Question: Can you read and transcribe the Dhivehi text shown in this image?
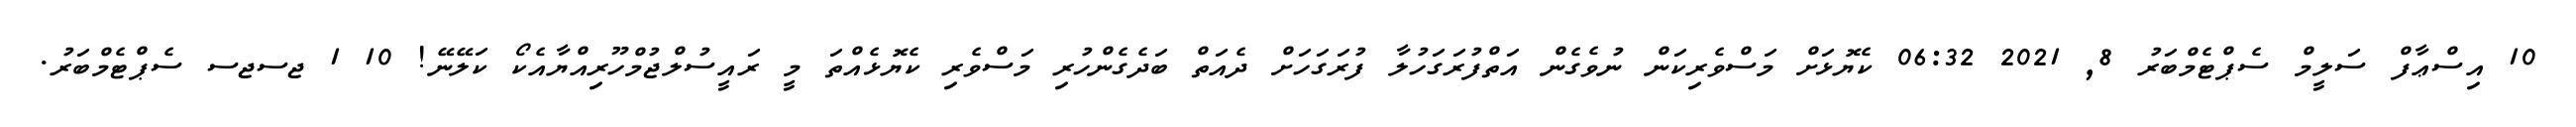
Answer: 10 އިސްޢާފް ސަލީމް ސެޕްޓެމްބަރު 8, 2021 06:32 ކެޔޮޅަށް މަސްވެރިކަން ނުވެގެން އަތްފުރަގަހުލާ ފުރަގަހަށް ދެއަތް ބަދެގެންހުރި މަސްވެރި ކެޔޮޅެއްތަ މީ ރައީސުލްޖުމްހޫރިއްޔާއެކޯ ކަލޭނޭ! 10 1 ޖސޖސ ސެޕްޓެމްބަރު.